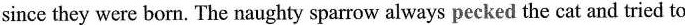
sincc they were born. The naughty sparrow always pecked the cat and tried to